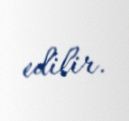
edilir.